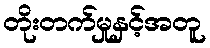
တိုးတက်မှုနှင့်အတူ